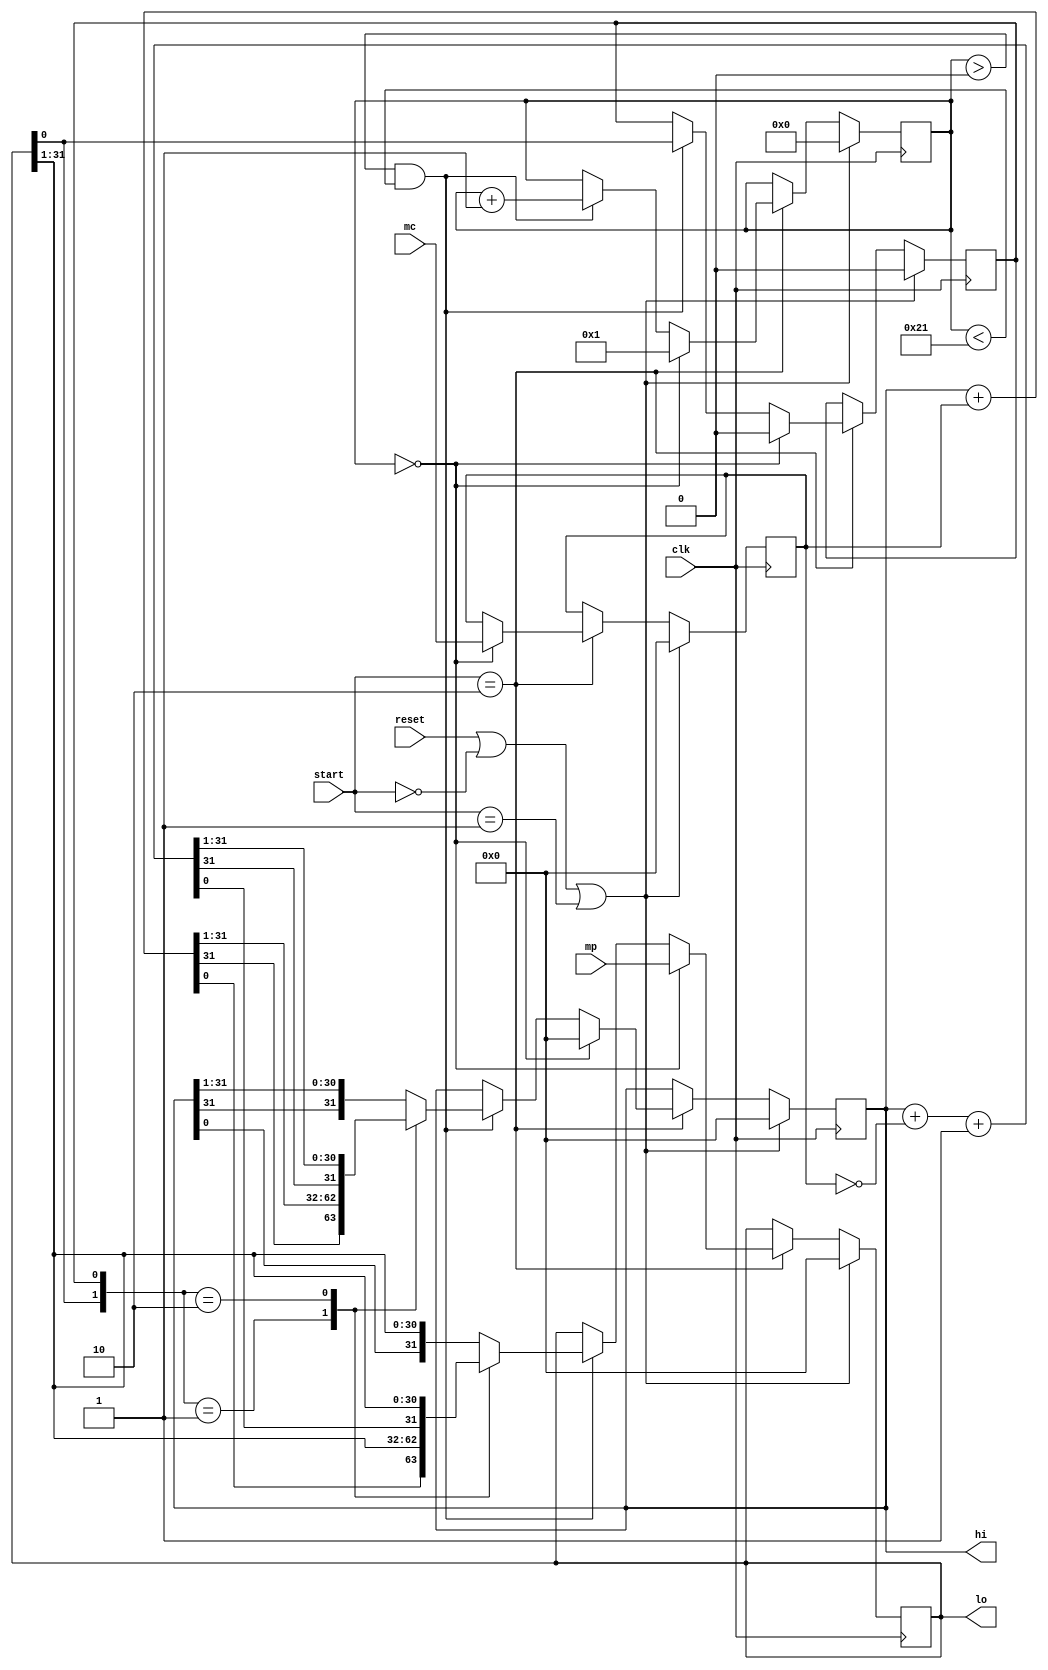
module multiplier(

input [31:0] mc, mp,
input [1:0]start,
input clk, reset,
output [31:0] hi, lo

);

reg [31:0] A, Q, M;
reg Q_1;
reg [5:0] count;
wire [31:0] sum, difference;
wire [63:0] prod;

always @(posedge clk) begin
    if (reset || start == 2'd0 || start == 2'd1) begin
        A <= 32'b0;
        Q <= 32'b0;
        M <= 32'b0;
        Q_1 <= 0;
        count <= 6'b0;
    end
    else if (start == 2'd2) begin
        if (count == 0) begin
            A <= 32'b0;
            M <= mc;
            Q <= mp;
            Q_1 <= 1'b0;
            count <= 6'b000001;
        end

        else if(count > 0 && count < 33) begin
            case ({Q[0], Q_1})
                2'b0_1 : {A, Q, Q_1} <= {sum[31], sum, Q};
                2'b1_0 : {A, Q, Q_1} <= {difference[31], difference, Q};
            default: {A, Q, Q_1} <= {A[31], A, Q};
            endcase

            count <= count + 1'b1;
        end

    end
    

end

assign sum = A + M;
assign difference = A + ~M + 1;
assign hi = A;
assign lo = Q;
assign prod = {A, Q};

endmodule